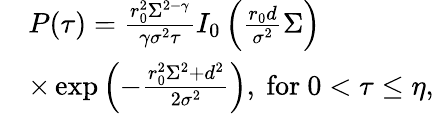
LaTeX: \begin{array}{rl}&{P(\tau)=\frac{r_{0}^{2}\Sigma^{2-\gamma}}{\gamma\sigma^{2}\tau}I_{0}\left(\frac{r_{0}d}{\sigma^{2}}\Sigma\right)}\\ &{\times\exp\left(-\frac{r_{0}^{2}\Sigma^{2}+d^{2}}{2\sigma^{2}}\right),~\mathrm{for~}0<\tau\leq\eta,}\end{array}